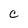
Character: C